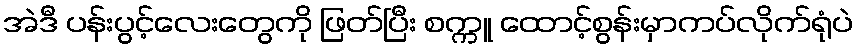
အဲဒီ ပန်းပွင့်လေးတွေကို ဖြတ်ပြီး စက္ကူ ထောင့်စွန်းမှာကပ်လိုက်ရုံပဲ